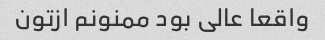
واقعا عالى بود ممنونم ازتون